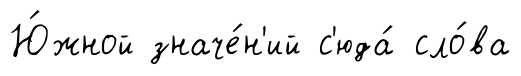
Ю́жной значе́н'ий с'юда́ сло́ва